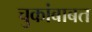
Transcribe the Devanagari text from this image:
चुकांबाबत